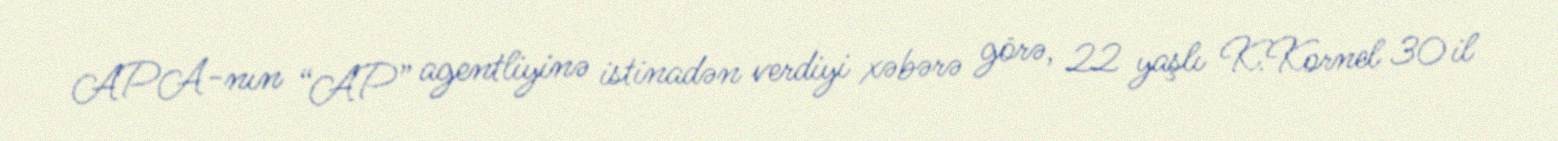
APA-nın “AP” agentliyinə istinadən verdiyi xəbərə görə, 22 yaşlı K.Kornel 30 il